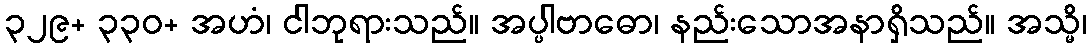
၃၂၉+ ၃၃၀+ အဟံ၊ ငါဘုရားသည်။ အပ္ပါဗာဓော၊ နည်းသောအနာရှိသည်။ အသ္မိ၊